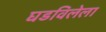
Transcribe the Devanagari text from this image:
घडविलेला